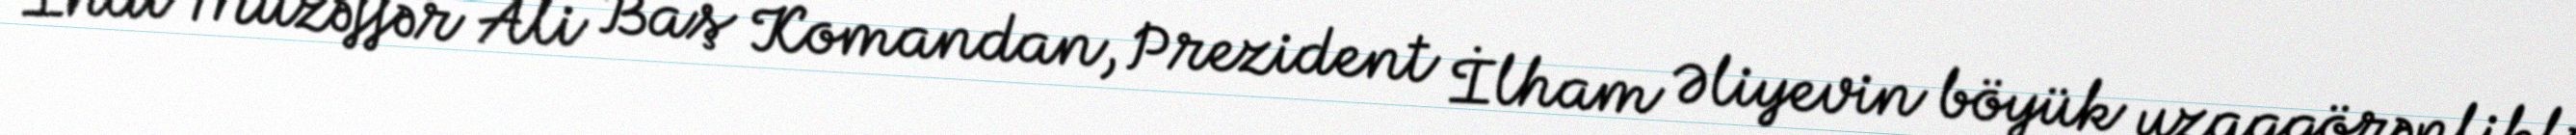
İndi Müzəffər Ali Baş Komandan, Prezident İlham Əliyevin böyük uzaqgörənliklə